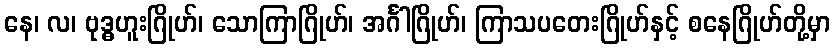
နေ၊ လ၊ ဗုဒ္ဓဟူးဂြိုဟ်၊ သောကြာဂြိုဟ်၊ အင်္ဂါဂြိုဟ်၊ ကြာသပတေးဂြိုဟ်နှင့် စနေဂြိုဟ်တို့မှာ